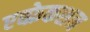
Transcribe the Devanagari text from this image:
एब्फ्रेकशन